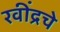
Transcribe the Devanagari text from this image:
रवींद्रचे